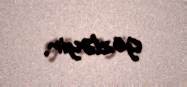
gözləyir.